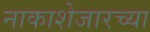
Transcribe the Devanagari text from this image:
नाकाशेजारच्या